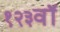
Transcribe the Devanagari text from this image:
१२३वॉ